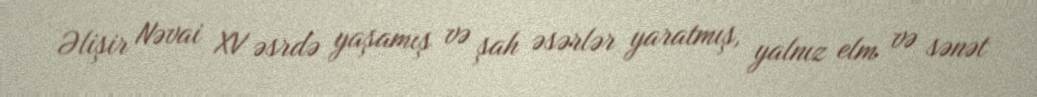
Əlişir Nəvai XV əsrdə yaşamış və şah əsərlər yaratmış, yalnız elm və sənət